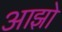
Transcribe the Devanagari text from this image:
आझो